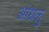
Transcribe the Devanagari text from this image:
आंध्रलु